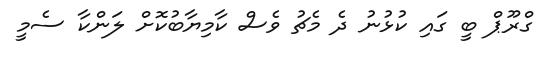
ގްރޫޕް ބީ ގައި ކުޅުނު ދެ މެޗު ވެސް ކާމިޔާބުކޮށް ލަންކާ ސެމީ